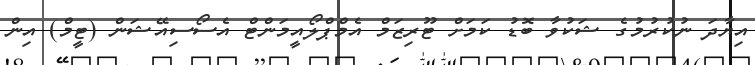
އިޔާދަ ނުކުރުމުގެ ޝަކުވާ ބޮޑު ކަމަށް ޓޫރިޒަމް އެމްޕްލޯއީމަންޓް އެސޯސިއޭޝަން (ޓީމް) އިން